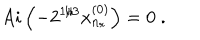
A i \left( - 2 ^ { 1 / 3 } x _ { n _ { r } } ^ { ( 0 ) } \right) = 0 \; .